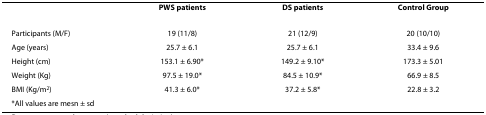
|  | PWS patients | DS patients | Control Group |
 | --- | --- | --- | --- |
 | Participants (M/F) | 19 (11/8) | 21 (12/9) | 20 (10/10) |
 | Age (years) | 25.7 ± 6.1 | 25.7 ± 6.1 | 33.4 ± 9.6 |
 | Height (cm) | 153.1 ± 6.90* | 149.2 ± 9.10* | 173.3 ± 5.01 |
 | Weight (Kg) | 97.5 ± 19.0* | 84.5 ± 10.9* | 66.9 ± 8.5 |
 | BMI (Kg/m2) | 41.3 ± 6.0* | 37.2 ± 5.8* | 22.8 ± 3.2 |
 | *All values are mesn ± sd |  |  |  |